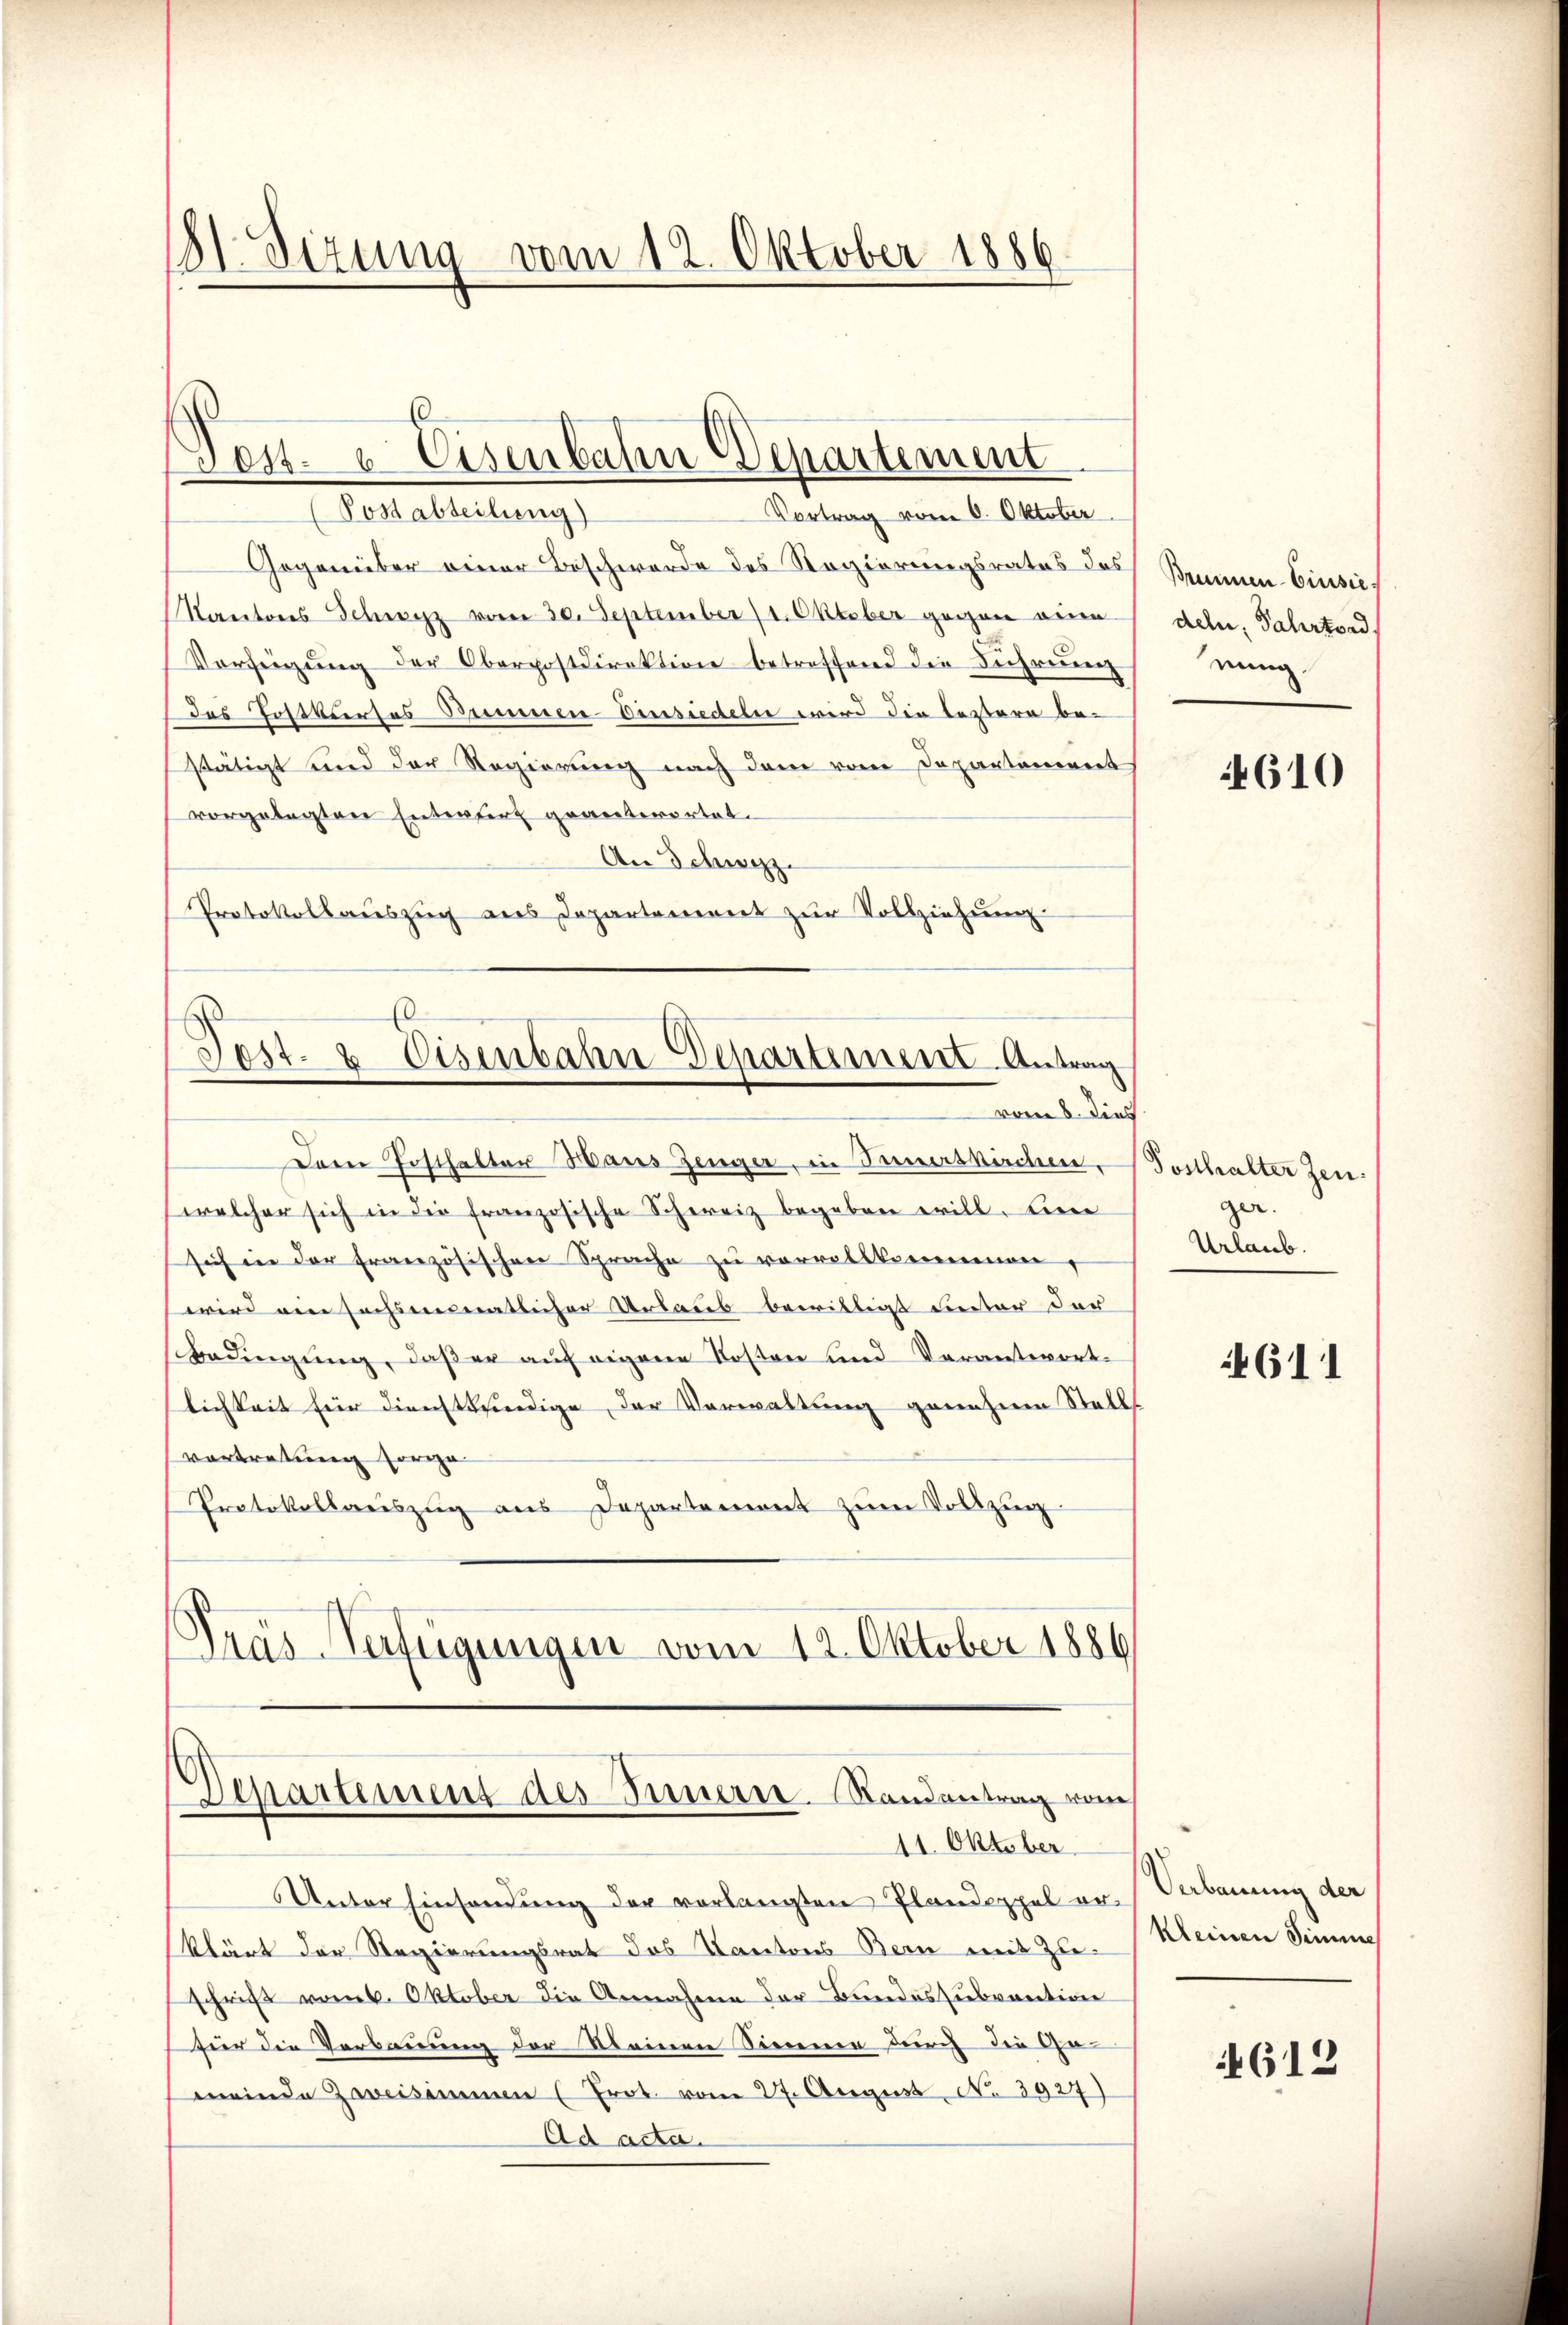
181. Sizung vom 12. Oktober 1886

Tes. u. Eisenbahn Departement
(Postabteilung)
Vortrag vom 6. Oktober

Gegenüber einer Beschwerde des Regierungsrates des
Kantons Schwyz vom 30. September 11. Oktober gegen eine
Vorfeigung der Oberpostdirektion betreffend die Führung
das Postkurses Bummen-Versiedeln wird die leztere bestätigt und der Regierung nach dem vom Departanennet
vorgelegten Entwurf geanterortet.
An Schwyz.
Protokollauszug aus Departanereit zur Vollziehung

Tost- & Eisenbahn Departiment Antrag
vom 8. dies

Departement des Innern. Randantrag vom
11. Oktober

Dem Posthalter Haus Zeuger, in Innerskirchen,
welcher sich in die französische Schweiz begeben will. Eine
sich in der Französischen Sprache zu vorratskommen,
wird am sechsenmatlicher Urlaus bewilligt unter der
Bedingung, daß er auf eigene Kosten und Verantwortlichkeit für dienstkindige der Verwaltung genehmen Stell
vortretung sorge
Protokollaŭszŭg ans Departement zŭm Vollzŭg
Pras Verfügungen vom 12. Oktober 1886

Unter Einsendung der vorlangten Plandoppel erklärt der Regierungsrat das Kantons Bern mit Zuschrift vom 6. Oktober die Annahme der Bundessubvention
fur die Verbauung der Kleinen Sinne durch die Ge-
meinde Zweisimmen (Prot. vom 27. August No. 3927)
Ad acta.

Brunnen Einsiedeln, Jahrtord
nung.

4610

Posthalter Zeu
ger.
Urlaub.

611

Verbauung der
Kleinen Simme

4612